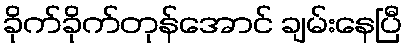
ခိုက်ခိုက်တုန်အောင် ချမ်းနေပြီ